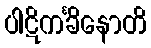
ပါဋိကင်္ခိနောတိ